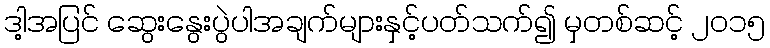
ဒါ့အပြင် ဆွေးနွေးပွဲပါအချက်များနှင့်ပတ်သက်၍ မှတစ်ဆင့် ၂၀၁၅